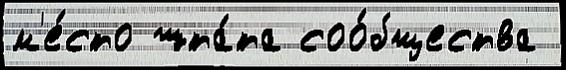
м'е́сто шта́та соо́бщества